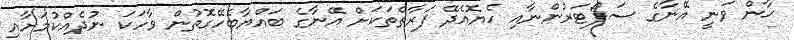
ޚާން ވަނީ އޭނާގެ ސަޕޯޓަރުންނާއި ހެޔޮއެދޭ ފަރާތްތަކަށް އޭނާގެ ބައްޔާބެހޭގޮތުން ވާހަކަ ނުދެއްކުމަށާއި